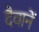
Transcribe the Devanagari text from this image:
दैवानें